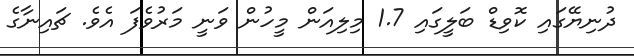
ދުނިޔޭގައި ކޮވިޑް ބަލީގައި 1.7 މިލިއަން މީހުން ވަނީ މަރުވެފަ އެވެ. ޗައިނާގެ